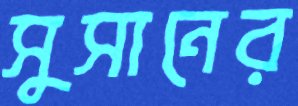
সুসানের